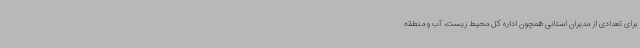
برای تعدادی از مدیران استانی همچون اداره کل محیط زیست، آب و منطقه